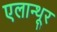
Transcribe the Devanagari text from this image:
एलान्थूर